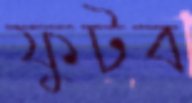
ফুটব